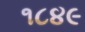
૧૮૪૯